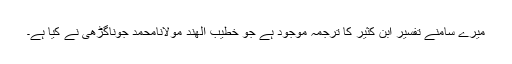
میرے سامنے تفسیر ابن کثیر کا ترجمہ موجود ہے جو خطیب الھند مولانامحمد جوناگڑھی نے کیا ہے۔